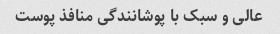
عالی و سبک با پوشانندگی منافذ پوست